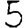
Digit: 5